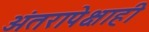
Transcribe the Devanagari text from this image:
अंतरापेक्षाही